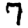
Digit: 7